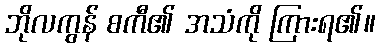
ဘိုလကွန် စကီ၏ အသံကို ကြားရ၏။